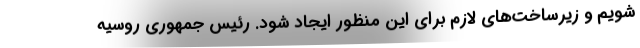
شویم و زیرساخت‌های لازم برای این منظور ایجاد شود. رئیس جمهوری روسیه